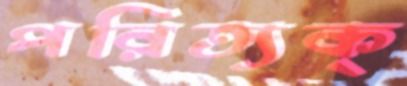
পরিত্যক্